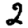
Digit: 2